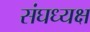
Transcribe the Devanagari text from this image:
संघध्यक्ष